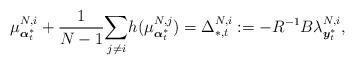
LaTeX: \begin{align*}\mu^{N,i}_{\boldsymbol{\alpha}^*_t}+\frac{1}{N-1}\underset{j\neq i}{\sum}h(\mu^{N,j}_{\boldsymbol{\alpha}^*_t})=\Delta_{*,t}^{N,i}:=-R^{-1}B\lambda^{N,i}_{\boldsymbol{y}_t^{*}},\end{align*}